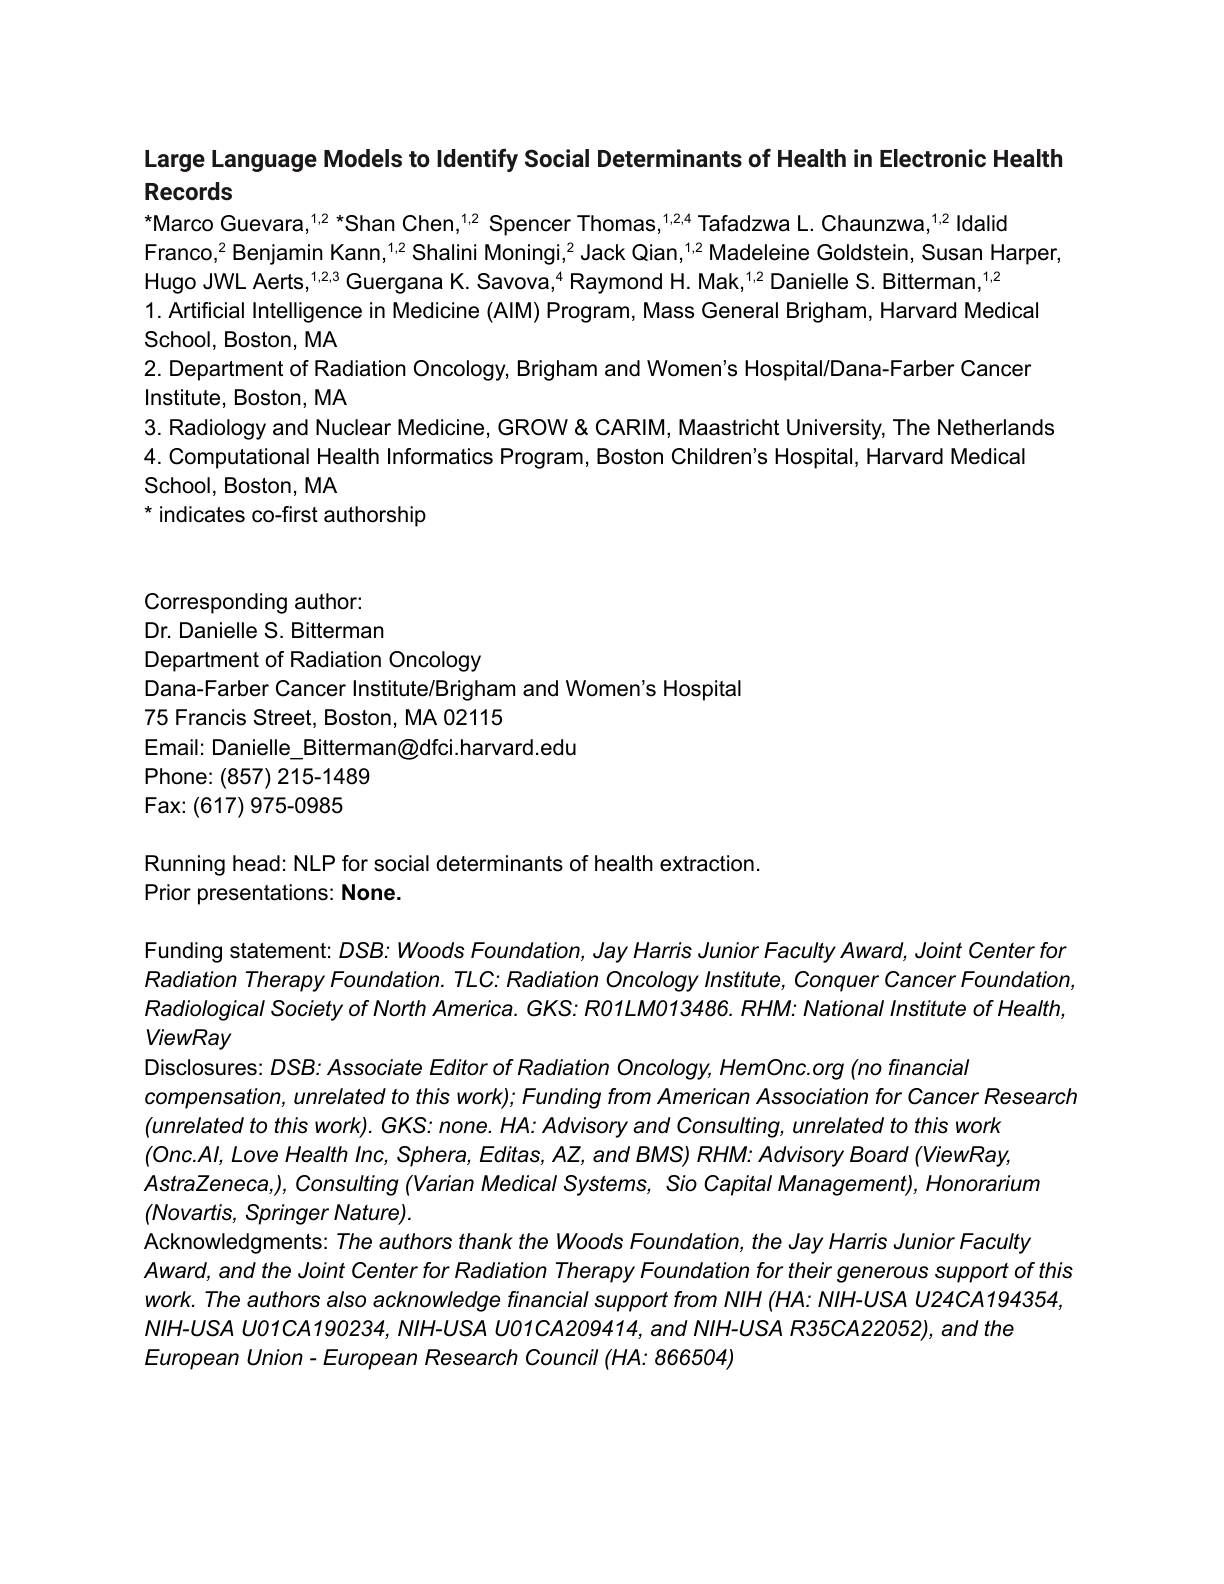
Large Language Models to Identify Social Determinants of Health in Electronic Health

Records

$^*$Marco Guevara,$^1,2^*$Shan Chen,$^{1,2}$ Spencer Thomas,$^1,2,4$ Tafadzwa L. Chaunzwa,$^1,2$ Idalid
Franco,$^2$Benjamin Kann,$^1,2\text{Shalini Moningi,}^2$ Jack Qian,$^1,2$ Madeleine Goldstein, Susan Harper,
Hugo JWL Aerts,$^1,2,3\text{ Guergana K.Savova,}^{4}$Raymond H. Mak,$^{1,2}$Danielle S. Bitterman,$^1,2$
1. Artificial Intelligence in Medicine (AIM) Program, Mass General Brigham, Harvard Medical
School, Boston, MA
2. Department of Radiation Oncology, Brigham and Women's Hospital/Dana-Farber Cancer
Institute, Boston, MA
3. Radiology and Nuclear Medicine, GROW & CARIM, Maastricht University, The Netherlands
4. Computational Health Informatics Program, Boston Children's Hospital, Harvard Medical
School, Boston, MA
$^{*}$ indicates co-first authorship

Corresponding author:
Dr. Danielle S. Bitterman

Department of Radiation Oncology
Dana-Farber Cancer Institute/Brigham and Women's Hospital
75 Francis Street, Boston, MA 02115
Email: Danielle\_ Bitterman@dfci.harvard.edu
$\mathsf{Phone:(857)~215-1489}$
$\mathsf{Fax:(617)~975-0985}$

Running head: NLP for social determinants of health extraction.
Prior presentations: None.

Funding statement: $DSB:Woods$ Foundation, Jay Harris Junior Faculty Award, Joint Center for Radiation Therapy Foundation. TLC: Radiation Oncology Institute, Conquer Cancer Foundation, Radiological Society of North America. GKS: RO1LM013486. RHM: National Institute of Health, ViewRay
Disclosures: $DSB:Associate$ Editor of Radiation Oncology, HemOnc.org (no financial
compensation, unrelated to this work); Funding from American Association for Cancer Research
$(unrelatedtothiswork).GKS:none.HA:AdvisoryandConsulting,unrelatedtothiswork$ (Onc.Al, Love Health Inc, Sphera, Editas, AZ, and BMS) RHM: Advisory Board (ViewRay, $AstraZeneca,),Consulting\left(Varian\text{ Medical Systems, Sio Capital Management), Honorarium}\right)$
$(Novartis,SpringerNature).$
Acknowledgments: The authors thank the Woods Foundation, the Jay Harris Junior Faculty
$Award,andtheJoint$ Center for Radiation Therapy Foundation for their generous support of this work. The authors also acknowledge financial support from NIH (HA: NIH-USA U24CA194354, NIH-USA UO1CA190234, NIH-USA UO1CA209414, and NIH-USA R35CA22052), and the
European Union- European Research Council (HA: 866504)